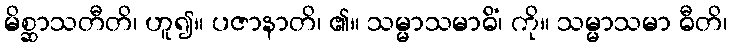
မိစ္ဆာသတီတိ၊ ဟူ၍။ ပဇာနာတိ၊ ၏။ သမ္မာသမာဓိံ၊ ကို။ သမ္မာသမာ ဓီတိ၊